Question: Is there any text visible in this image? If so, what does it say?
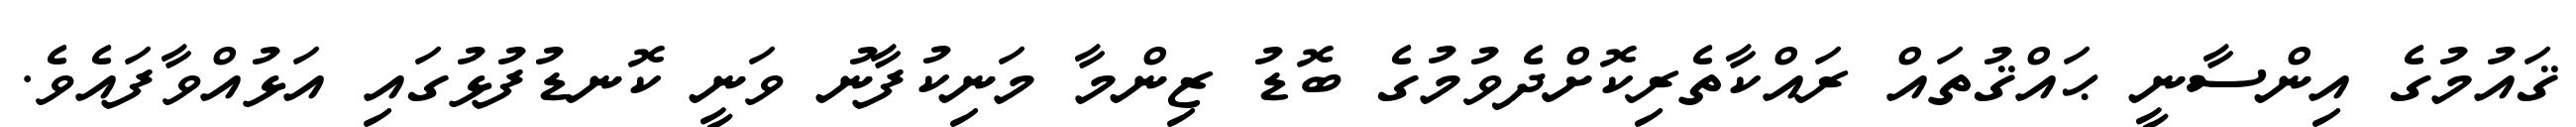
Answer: ޤައުމުގެ އިންސާނީ ޙައްޤުތައް ރައްކާތެރިކޮށްދެވުމުގެ ބޮޑު ޒިންމާ މަނިކުފާނު ވަނީ ކޮނޑުފުޅުގައި އަޅުއްވާފައެވެ.